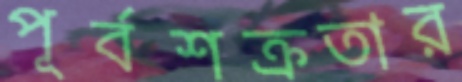
পূর্বশক্রতার